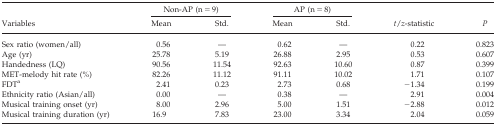
<table><thead><tr><td>[EMPTY_CELL]</td><td colspan="2"><b>Non‐AP (n = 9)</b></td><td colspan="2"><b>AP (n = 8)</b></td><td>[EMPTY_CELL]</td><td>[EMPTY_CELL]</td></tr><tr><td><b>Variables</b></td><td><b>Mean</b></td><td><b>Std.</b></td><td><b>Mean</b></td><td><b>Std.</b></td><td><b><i>t</i>/<i>z</i>‐statistic</b></td><td><b><i>P</i></b></td></tr></thead><tbody><tr><td>Sex ratio (women/all)</td><td>0.56</td><td>—</td><td>0.62</td><td>—</td><td>0.22</td><td>0.823</td></tr><tr><td>Age (yr)</td><td>25.78</td><td>5.19</td><td>26.88</td><td>2.95</td><td>0.53</td><td>0.607</td></tr><tr><td>Handedness (LQ)</td><td>90.56</td><td>11.54</td><td>92.63</td><td>10.60</td><td>0.87</td><td>0.399</td></tr><tr><td>MET‐melody hit rate (%)</td><td>82.26</td><td>11.12</td><td>91.11</td><td>10.02</td><td>1.71</td><td>0.107</td></tr><tr><td>FDTa</td><td>2.41</td><td>0.23</td><td>2.73</td><td>0.68</td><td>−1.34</td><td>0.199</td></tr><tr><td>Ethnicity ratio (Asian/all)</td><td>0.00</td><td>—</td><td>0.38</td><td>—</td><td>2.91</td><td>0.004</td></tr><tr><td>Musical training onset (yr)</td><td>8.00</td><td>2.96</td><td>5.00</td><td>1.51</td><td>−2.88</td><td>0.012</td></tr><tr><td>Musical training duration (yr)</td><td>16.9</td><td>7.83</td><td>23.00</td><td>3.34</td><td>2.04</td><td>0.059</td></tr></tbody></table>